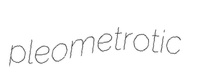
pleometrotic